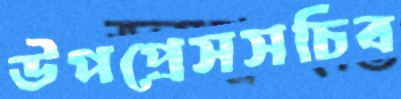
উপপ্রেসসচিব